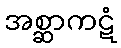
အစ္ဆာကဋံ